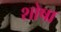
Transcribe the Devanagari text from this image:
शोषा